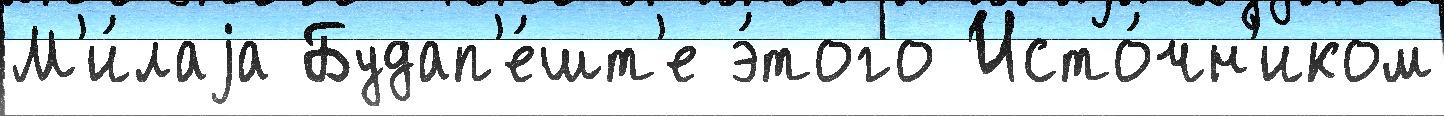
М'и́лаjа Будап'е́шт'е э́того Исто́чн'иком